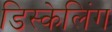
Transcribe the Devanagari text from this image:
डिस्केलिंग